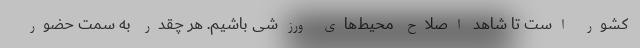
کشور است تا شاهد اصلاح محیط‌های ورزشی باشیم. هر چقدر به سمت حضور